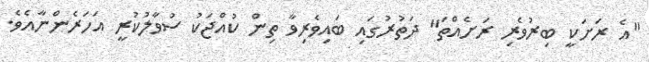
"އެ ރަށަކީ ބިރުވެރި ރަށެއްތަ" ދަތުރުގައި ބައިވެރިވާ ތިން ކުއްޖަކު ސުވާލުކުރީ އަހަރެންނާއެވެ.